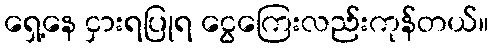
ရှေ့နေ ငှားရပြုရ ငွေကြေးလည်းကုန်တယ်။